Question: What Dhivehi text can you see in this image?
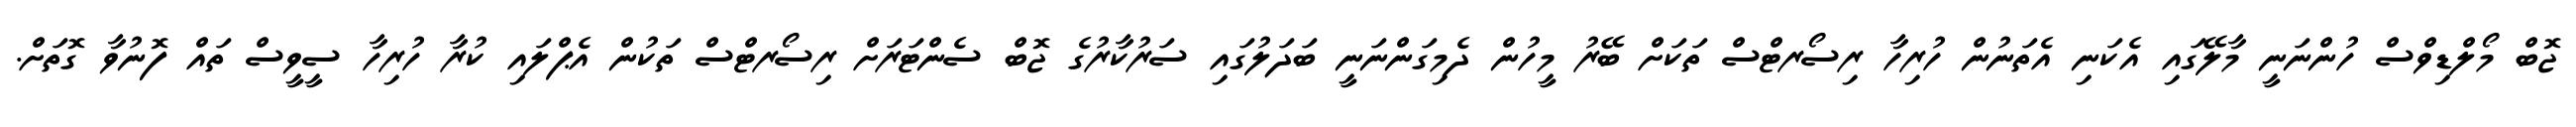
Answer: ޖޮބް މޯލްޑިވްސް ހުންނަނީ މާލޭގައި އެކަނި އެތަނުން ހުރިހާ ރިސޯރޓްސް ތަކަށް ބޭރު މީހުން ދެމިގަންނަނީ ބަދަލުގައި ސަރުކާރުގެ ޖޮބް ސެންޓަރަށް ރިސޯރޓްސް ތަކުން އެޕްލައި ކުރާ ހުރިހާ ސީވީސް ތައް ފޮނުވާ ގޮތަށް.